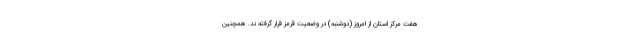
هفت مرکز استان از امروز (دوشنبه) در وضعیت قرمز قرار گرفته ند. همچنین